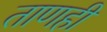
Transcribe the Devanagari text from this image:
ताणही